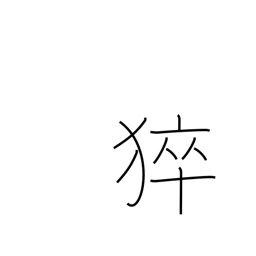
Meaning: sudden